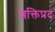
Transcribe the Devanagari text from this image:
शक्तिप्रद